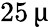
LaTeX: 25\, \upmu